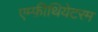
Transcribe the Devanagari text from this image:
एम्फ़ीथियेटरम